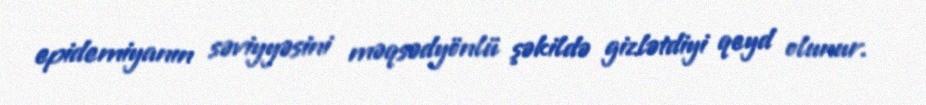
epidemiyanın səviyyəsini məqsədyönlü şəkildə gizlətdiyi qeyd olunur.